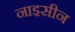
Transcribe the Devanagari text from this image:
नाइसीन